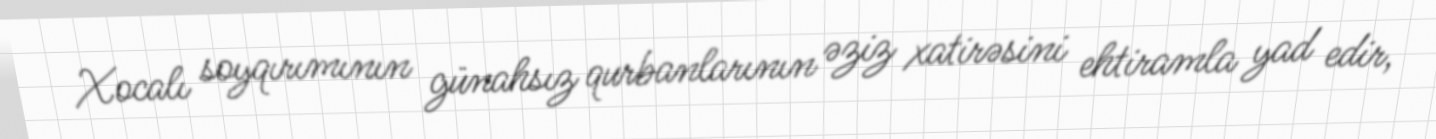
Xocalı soyqırımının günahsız qurbanlarının əziz xatirəsini ehtiramla yad edir,